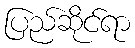
ပြည်ဆိုင်ရာ